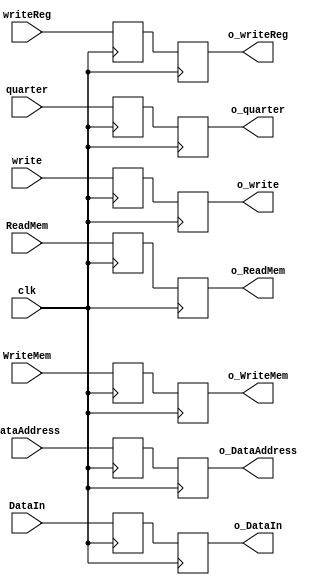
`timescale 1ns / 1ps
module EX_MEM_latch(
	input clk,
	input  [15:0] DataAddress,      //data path to RAM
	output [15:0] o_DataAddress,
	input  		  ReadMem,
	input        WriteMem,         //control signal to RAM
	output 		 o_ReadMem,  
	output       o_WriteMem,
	input  [1:0]  quarter,			 //data path to regfile
	output [1:0] o_quarter,
	input  [15:0] DataIn,				//Data path to RAM
	output [15:0] o_DataIn,
	input write,
	output o_write,
	input [4:0] writeReg,
	output [4:0] o_writeReg
);

reg[15:0] _DataAddress, _DataIn;
reg [4:0] _writeReg;
reg[1:0]  _quarter;
reg _ReadMem, _WriteMem, _write;

reg[15:0] __DataAddress, __DataIn;
reg [4:0] __writeReg;
reg[1:0]  __quarter;
reg __ReadMem, __WriteMem, __write;

assign o_DataAddress = __DataAddress;
assign o_ReadMem = __ReadMem;
assign o_WriteMem = __WriteMem;
assign o_quarter = __quarter;
assign o_DataIn = __DataIn;
assign o_write = __write;
assign o_writeReg = __writeReg;


//input & write to registers
always@(negedge clk)
begin

	_DataAddress <= DataAddress;
	_ReadMem <= ReadMem;
	_quarter <= quarter;
	_DataIn <= DataIn;
	_write <= write;
	_WriteMem <= WriteMem;
	_writeReg <= writeReg;
end


//output
always@(posedge clk)
begin
	__DataAddress <= _DataAddress;
	__ReadMem <= _ReadMem;
	__quarter <= _quarter;
	__DataIn <= _DataIn;
	__write <= _write;
	__WriteMem <= _WriteMem;
	__writeReg <= _writeReg;
end


endmodule